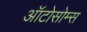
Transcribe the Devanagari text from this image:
ऑटोसोम्स